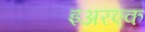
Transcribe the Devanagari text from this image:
इअरएक